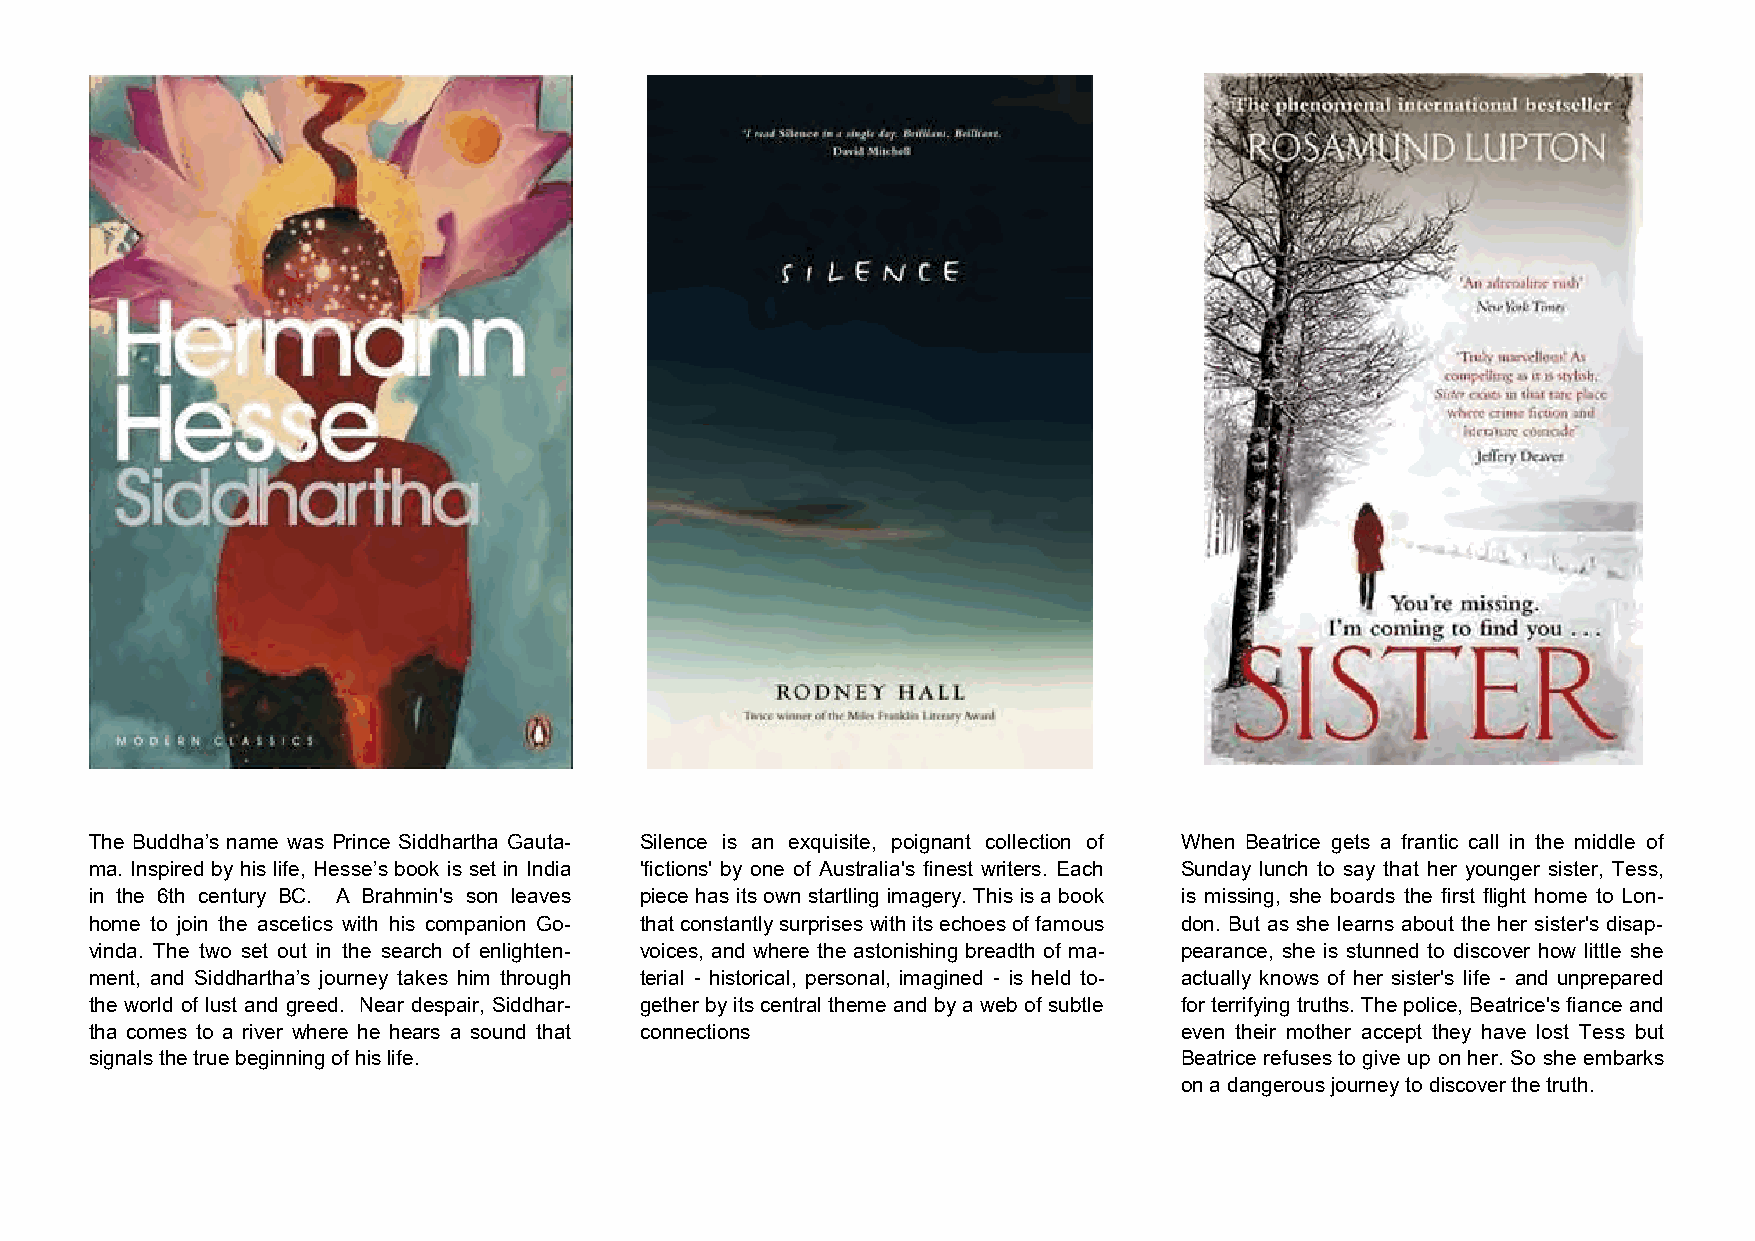
The Buddha’s name was Prince Siddhartha Gauta- Silence is an exquisite, poignant collection of When Beatrice gets a frantic call in the middle of
 ma. Inspired by his life, Hesse’s book is set in India 'fictions' by one of Australia's finest writers. Each Sunday lunch to say that her younger sister, Tess,
 in the 6th century BC. A Brahmin's son leaves piece has its own startling imagery. This is a book is missing, she boards the first flight home to Lon-
 home to join the ascetics with his companion Go- that constantly surprises with its echoes of famous don. But as she learns about the her sister's disap-
 vinda. The two set out in the search of enlighten- voices, and where the astonishing breadth of ma- pearance, she is stunned to discover how little she
 ment, and Siddhartha’s journey takes him through terial - historical, personal, imagined - is held to- actually knows of her sister's life - and unprepared
 the world of lust and greed. Near despair, Siddhar- gether by its central theme and by a web of subtle for terrifying truths. The police, Beatrice's fiance and
 tha comes to a river where he hears a sound that connections            even their mother accept they have lost Tess but
 signals the true beginning of his life.                                 Beatrice refuses to give up on her. So she embarks
 on a dangerous journey to discover the truth.